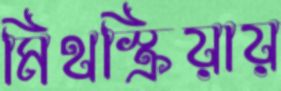
মিথস্ক্রিয়ায়